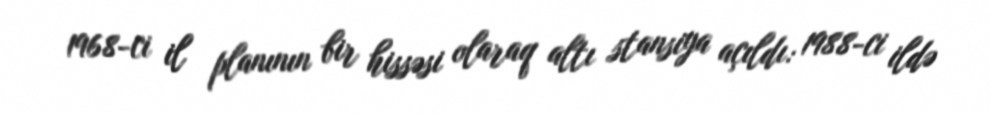
1968-ci il planının bir hissəsi olaraq altı stansiya açıldı: 1988-ci ildə